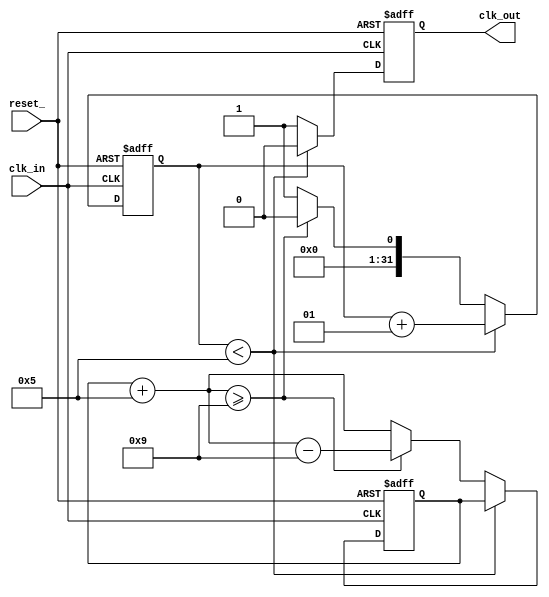
/////////////////////////////////////////////////////////////////////
// Clock divider with pulse output and compensation.               //
// Only works for division rates greater than or equal to 2.       //
/////////////////////////////////////////////////////////////////////

module clk_div
	(
		clk_in,
		reset_,
		clk_out
	);

// inputs
input clk_in;
input reset_;

// outputs
output clk_out;

// Parameters
parameter FREQ_IN=50; // in Hz (only integers)
parameter FREQ_OUT=9; // in Hz (only integers)

localparam DIV_RATE=FREQ_IN/FREQ_OUT;
localparam COMPENSATION=FREQ_IN%FREQ_OUT;

integer count_ff, count_nxt;
integer compensation_ff, compensation_nxt;

reg clk_out_ff, clk_out_nxt;
	
// continuous assignments for outputs
assign clk_out = clk_out_ff;
	
// combinational logic
always @(*) begin
	count_nxt        = count_ff;
	clk_out_nxt      = clk_out_ff;
	compensation_nxt = compensation_ff;
	if (count_ff < DIV_RATE) begin
		count_nxt = count_ff + 1;
		clk_out_nxt = 1'b0;
	end
	else begin
		clk_out_nxt = 1'b1;
		compensation_nxt = compensation_ff + COMPENSATION;
		if (compensation_nxt >= FREQ_OUT) begin
			compensation_nxt = compensation_nxt - FREQ_OUT;
			count_nxt = 0;
		end
		else begin
			count_nxt = 1;
		end
	end
end

// synchronous output
always @(posedge clk_in or negedge reset_) begin
	if (!reset_) begin
		count_ff        <= 1;
		clk_out_ff      <= 1'b0;
		compensation_ff <= 0;
	end
	else begin
		count_ff        <= count_nxt;
		clk_out_ff      <= clk_out_nxt;
		compensation_ff <= compensation_nxt;
	end
end

endmodule